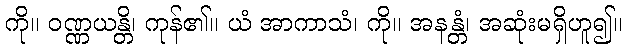
ကို။ ဝဏ္ဏယန္တိ၊ ကုန်၏။ ယံ အာကာသံ၊ ကို။ အနန္တံ၊ အဆုံးမရှိဟူ၍။